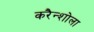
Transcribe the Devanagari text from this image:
करैन्शोला